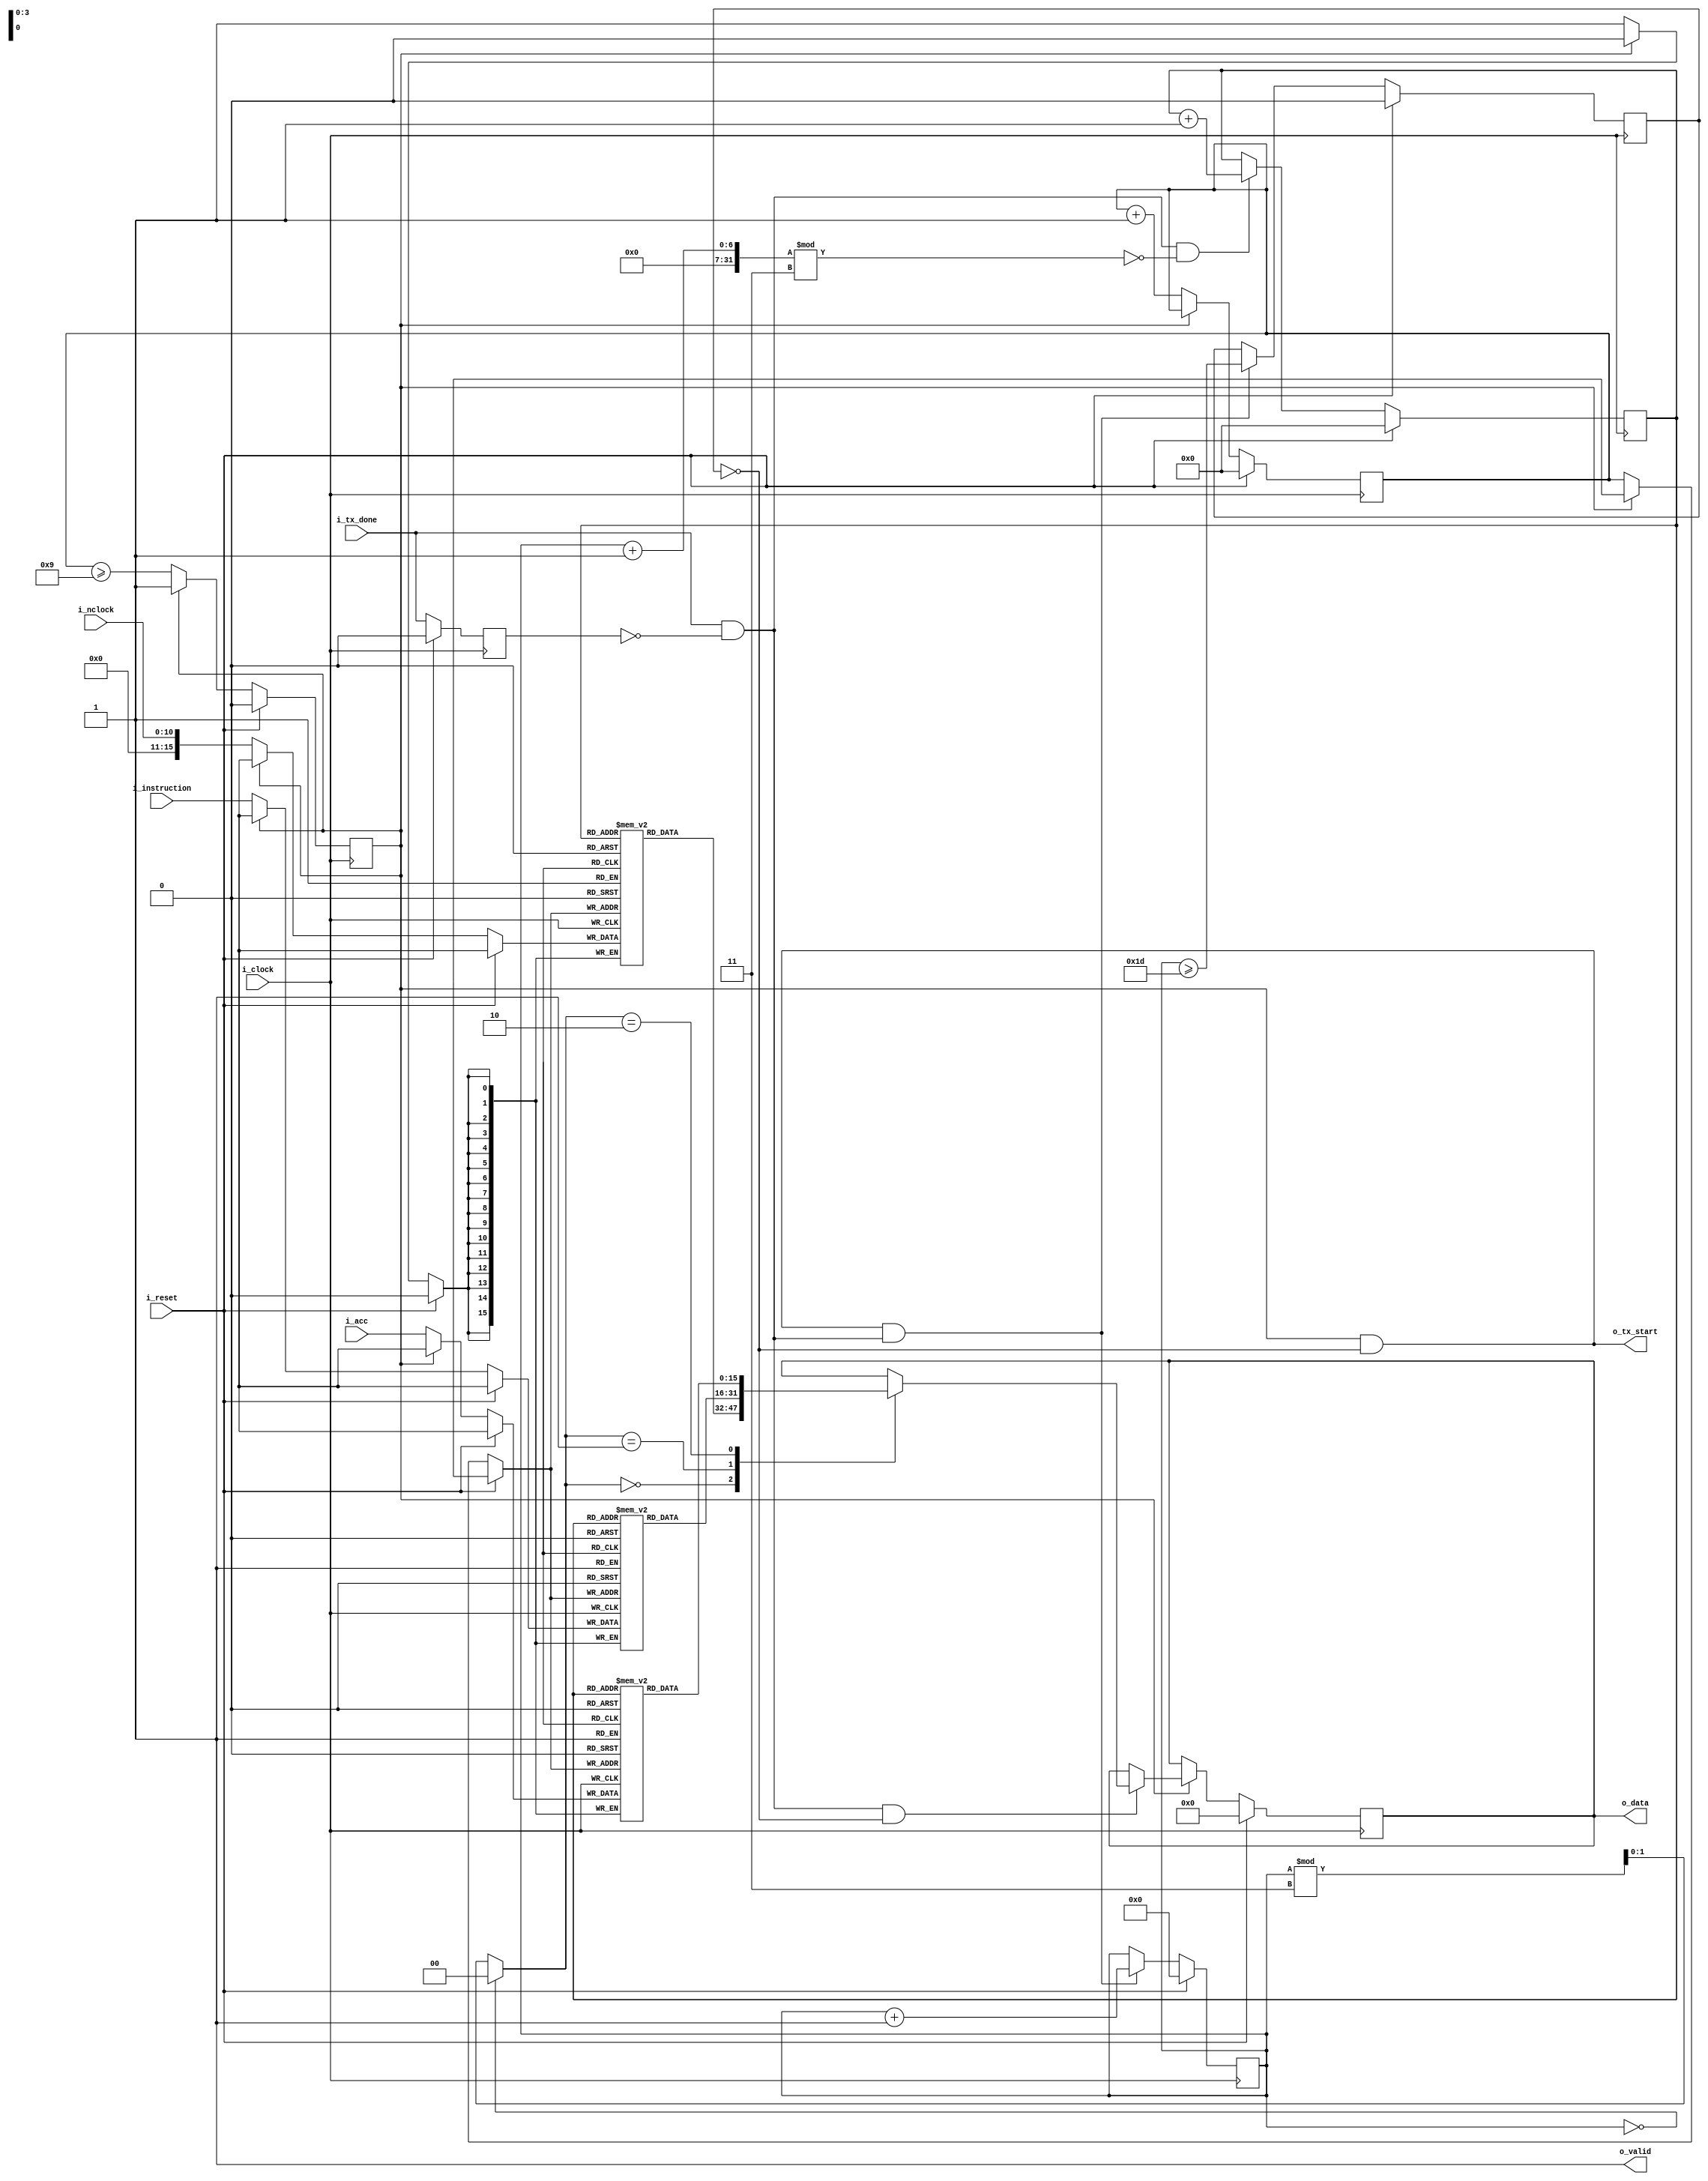
module bip_uart_interface
	#(
		parameter                                   NB_DATA = 16,
		parameter                                   NB_DATATX = 16,
		parameter                                   N_ADDR = 16, 
		parameter                                   LOG2_N_INSMEM_ADDR = 11,
		parameter                                   N_WORD_BUFFER = 30,
        parameter                                   NB_TIMER = 4
		)
	 (
		output [NB_DATA-1:0]                        o_data,
		output                                      o_tx_start,
		output                                      o_valid,

		input                                       i_tx_done,

		input [NB_DATA-1:0]                         i_acc, 
		input [NB_DATA-1:0]                         i_instruction,
		input [LOG2_N_INSMEM_ADDR-1:0]              i_nclock,

		input                                       i_clock, 
		input 										i_reset
		);

	localparam 								  		MAX_INSTR = 10;

    reg             [NB_DATA-1:0]               	acc_bank [N_ADDR-1:0] ;
    reg             [NB_DATA-1:0]               	ins_bank [N_ADDR-1:0] ;
    reg             [NB_DATA-1:0]               	ncl_bank [N_ADDR-1:0] ;
    reg             [NB_DATA-1:0]                 	data ;   

    reg 			[NB_TIMER-1:0]		timer_wr ;
    reg 			[NB_TIMER+2-1:0]		timer_rd ;
    reg 			[NB_TIMER-1:0] 		addr_rd ;
    reg                                             timeout_wr ;
    reg 											timeout_rd ;
    reg 											tx_done_d ;

    wire 			[2-1:0]							seleccion ;
    wire 											tx_done_pos ;


    //TX done posedge
    always @(posedge i_clock) begin
    	if (i_reset)
    		tx_done_d <= 1'b0;
    	else
    		tx_done_d <= i_tx_done ;
    end

    assign tx_done_pos = i_tx_done & ~tx_done_d; 


    //Timer write
    always @(posedge i_clock)begin
    	if (i_reset) begin
    		timer_wr <= {NB_TIMER{1'b0}};
    		timeout_wr <= 1'b0;
    	end
    	else if(!timeout_wr) begin
    		timer_wr <= timer_wr + 1'b1;
    		timeout_wr <= (timer_wr >= MAX_INSTR-1);
    	end
    end

    //Timer read
    always @(posedge i_clock)begin
    	if (i_reset) begin
    		timer_rd <= {NB_TIMER{1'b0}};
    		timeout_rd <= 1'b0;
    	end
    	else if (timeout_wr && !timeout_rd && tx_done_pos) begin
    		timer_rd <= timer_rd + 1'b1 ;
    		timeout_rd <= (timer_rd >= (3*MAX_INSTR)-1) ;
    	end
    end

    //Address read pointer
    always @(posedge i_clock)begin
    	if (i_reset) begin
    		addr_rd <= {NB_TIMER{1'b0}};
    	end
    	else if (tx_done_pos && ((timer_rd + 1) % 3 == 0)) begin
    		addr_rd <= addr_rd + 1'b1 ;
    	end
    end

    assign seleccion = (timer_rd == 0)? 1'b0 : (timer_rd % 3);

	assign o_valid = 1'b1;

    always @ (negedge i_clock)
    begin
        if (i_reset)
            data <= {NB_DATA{1'b0}};
        else if (!timeout_wr) begin
            acc_bank[timer_wr] <= i_acc ;
            ins_bank[timer_wr] <= i_instruction ;
            ncl_bank[timer_wr] <= i_nclock ;
        end
        else if (tx_done_pos && !timeout_rd) begin
            case (seleccion)
            	2'b00: data <= ncl_bank[addr_rd] ;
            	2'b01: data <= ins_bank[addr_rd] ;
            	2'b10: data <= acc_bank[addr_rd] ;
            	default: data <= data ;
            endcase
        end
    end

    assign o_data = data ;

    assign o_tx_start = timeout_wr && !timeout_rd ;





/*
	 wire [3*NB_DATATX-1:0]                       ext_data;
	 wire [NB_DATATX-1:0]                         tx_i_data;
	 wire                                         fifo_full;
	 wire                                         neg_tx_start;
	 reg [1:0]                                    state;
	 reg                                          valid_reg;


	assign o_tx_start = ~neg_tx_start;




	 
	 always@(posedge i_clk)begin
			valid_reg <= (state==2'b00);
			if(i_rst) begin
				state <= 2'b00;
				valid_reg <= 1'b1;
			end else begin
				if(!fifo_full)
					state <= state +1'b1;
			end
	 end

	 assign o_valid = (state==2'b00) ;//& ~valid_reg;
	 
	 assign ext_data = {
											 i_acc[NB_DATATX-1:0],
											 i_instruction[NB_DATATX-1:0],
											 i_nclock[NB_DATATX-1:0]
											 };

	 assign tx_i_data = ext_data[state*NB_DATATX-:NB_DATATX];

	 FIFO#(
				 .NB_WORD(NB_DATATX),
				 .N_WORD_BUFFER(N_WORD_BUFFER)
				 )
	 u_FIFO(
					.o_data(o_data),
					.o_fifo_empty(neg_tx_start),
					.o_fifo_full(fifo_full), //not connected
					.i_data(tx_i_data),
					.i_read(i_tx_done),
					.i_write(~fifo_full),
					.i_rst(i_rst),
					.i_clk(i_clk)
					);

*/



endmodule